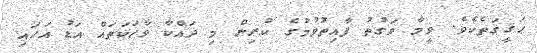
ޙަޤީޤަތެކެވެ. ވީމާ ވަގުތު ފާއިތުވުމުގެ ކުރިން މި ދައްކާ ވާހަކަތައް އަޑު އަހައި